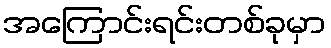
အကြောင်းရင်းတစ်ခုမှာ